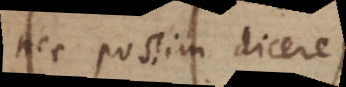
non possum dicere